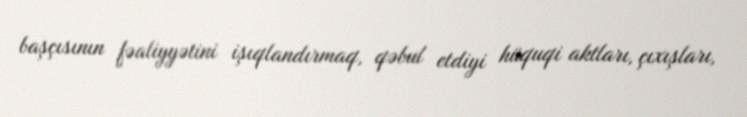
başçısının fəaliyyətini işıqlandırmaq, qəbul etdiyi hüquqi aktları, çıxışları,